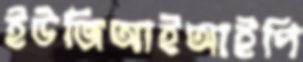
ইউজিআইআইপি